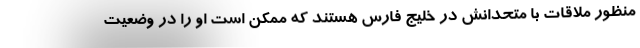
منظور ملاقات با متحدانش در خلیج فارس هستند که ممکن است او را در وضعیت